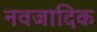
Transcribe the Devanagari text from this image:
नवजादिक